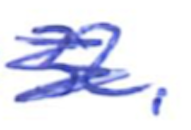
Text: 32.
Cross-out: scratch
Writing tool: ballpoint